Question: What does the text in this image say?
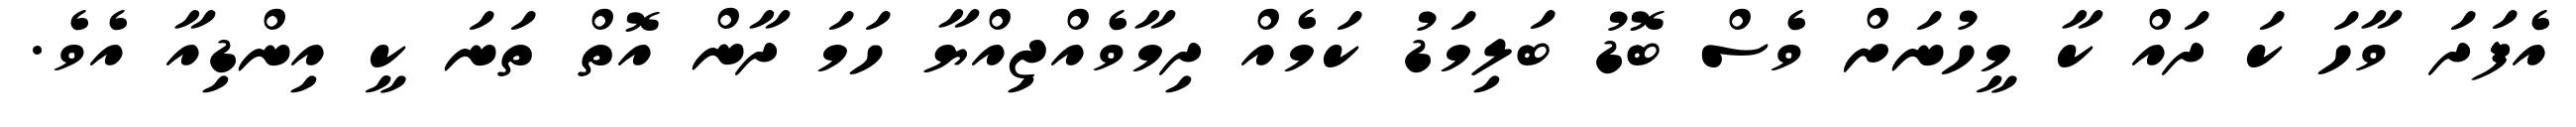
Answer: އެފަދަ ވާހަ ކަ ދައް ކާ މީހުނަށް ވެސް ބޮޑު ބަލިމަޑު ކަމެއް ދިމާވެއްޖިއްޔާ ހަމަ ދާން އޮތް ތަނަ ކީ އިންޑިއާ އެވެ.